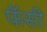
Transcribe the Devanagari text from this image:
फॅसी